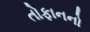
તોફાનનો